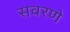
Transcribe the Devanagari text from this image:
सवरणे